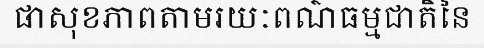
ផាសុខភាពតាមរយៈពណ៌ធម្មជាតិនៃ